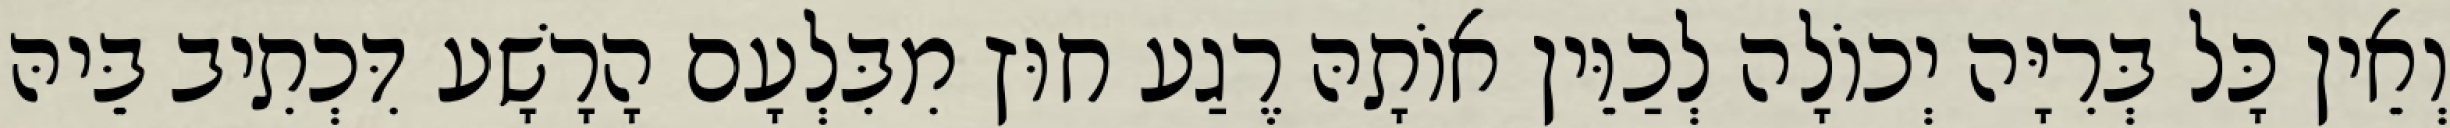
וְאֵין כָּל בְּרִיָּה יְכוֹלָה לְכַוֵּין אוֹתָהּ רֶגַע חוּץ מִבִּלְעָם הָרָשָׁע דִּכְתִיב בֵּיהּ